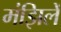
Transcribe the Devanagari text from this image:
मंझिलें